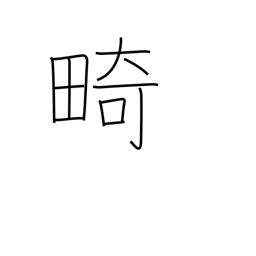
Meaning: cripple